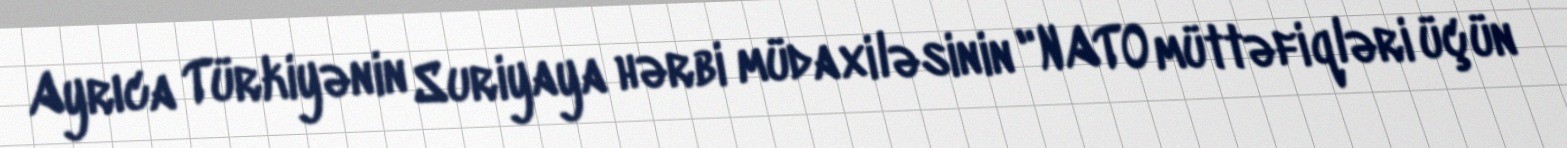
Ayrıca Türkiyənin Suriyaya hərbi müdaxiləsinin "NATO müttəfiqləri üçün